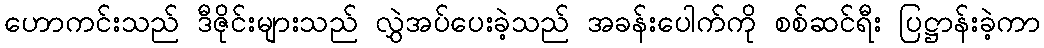
ဟောကင်းသည် ဒီဇိုင်းများသည် လွှဲအပ်ပေးခဲ့သည် အခန်းပေါက်ကို စစ်ဆင်ရီး ပြဋ္ဌာန်းခဲ့ကာ